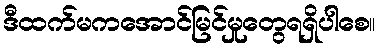
ဒီထက်မကအောင်မြင်မှုတွေရရှိပါစေ။